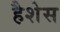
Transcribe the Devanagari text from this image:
हैशेस